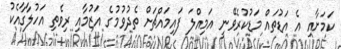
ކަމަށާއި އެ އަޑުތައް މަޑުކުރެވޭނީ އަމިއްލަ ފައިމައްޗަށް ތެދުވުމުގެ އަޒުމާއި ރިވެތި އަހުލާގާއެކު